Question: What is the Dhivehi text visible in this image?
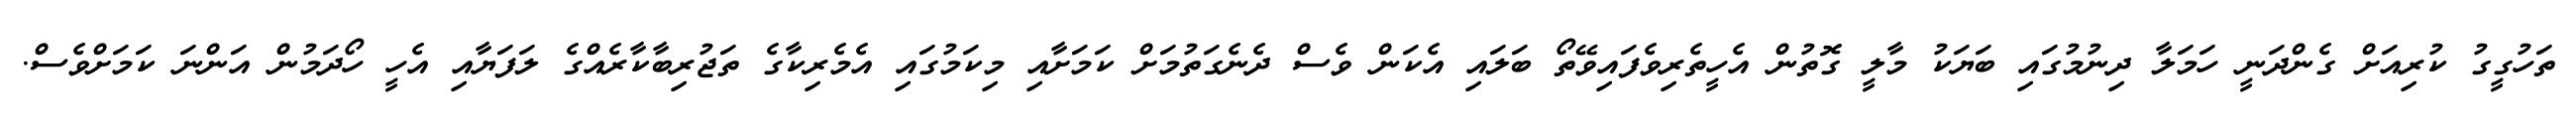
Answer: ތަހުގީގު ކުރިއަށް ގެންދަނީ ހަމަލާ ދިނުމުގައި ބަޔަކު މާލީ ގޮތުން އެހީތެރިވެފައިވޭތޯ ބަލައި އެކަން ވެސް ދެނެގަތުމަށް ކަމަށާއި މިކަމުގައި އެމެރިކާގެ ތަޖުރިބާކާރެއްގެ ލަފަޔާއި އެހީ ހޯދަމުން އަންނަ ކަމަށްވެސް.